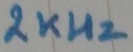
Text: 2KHz